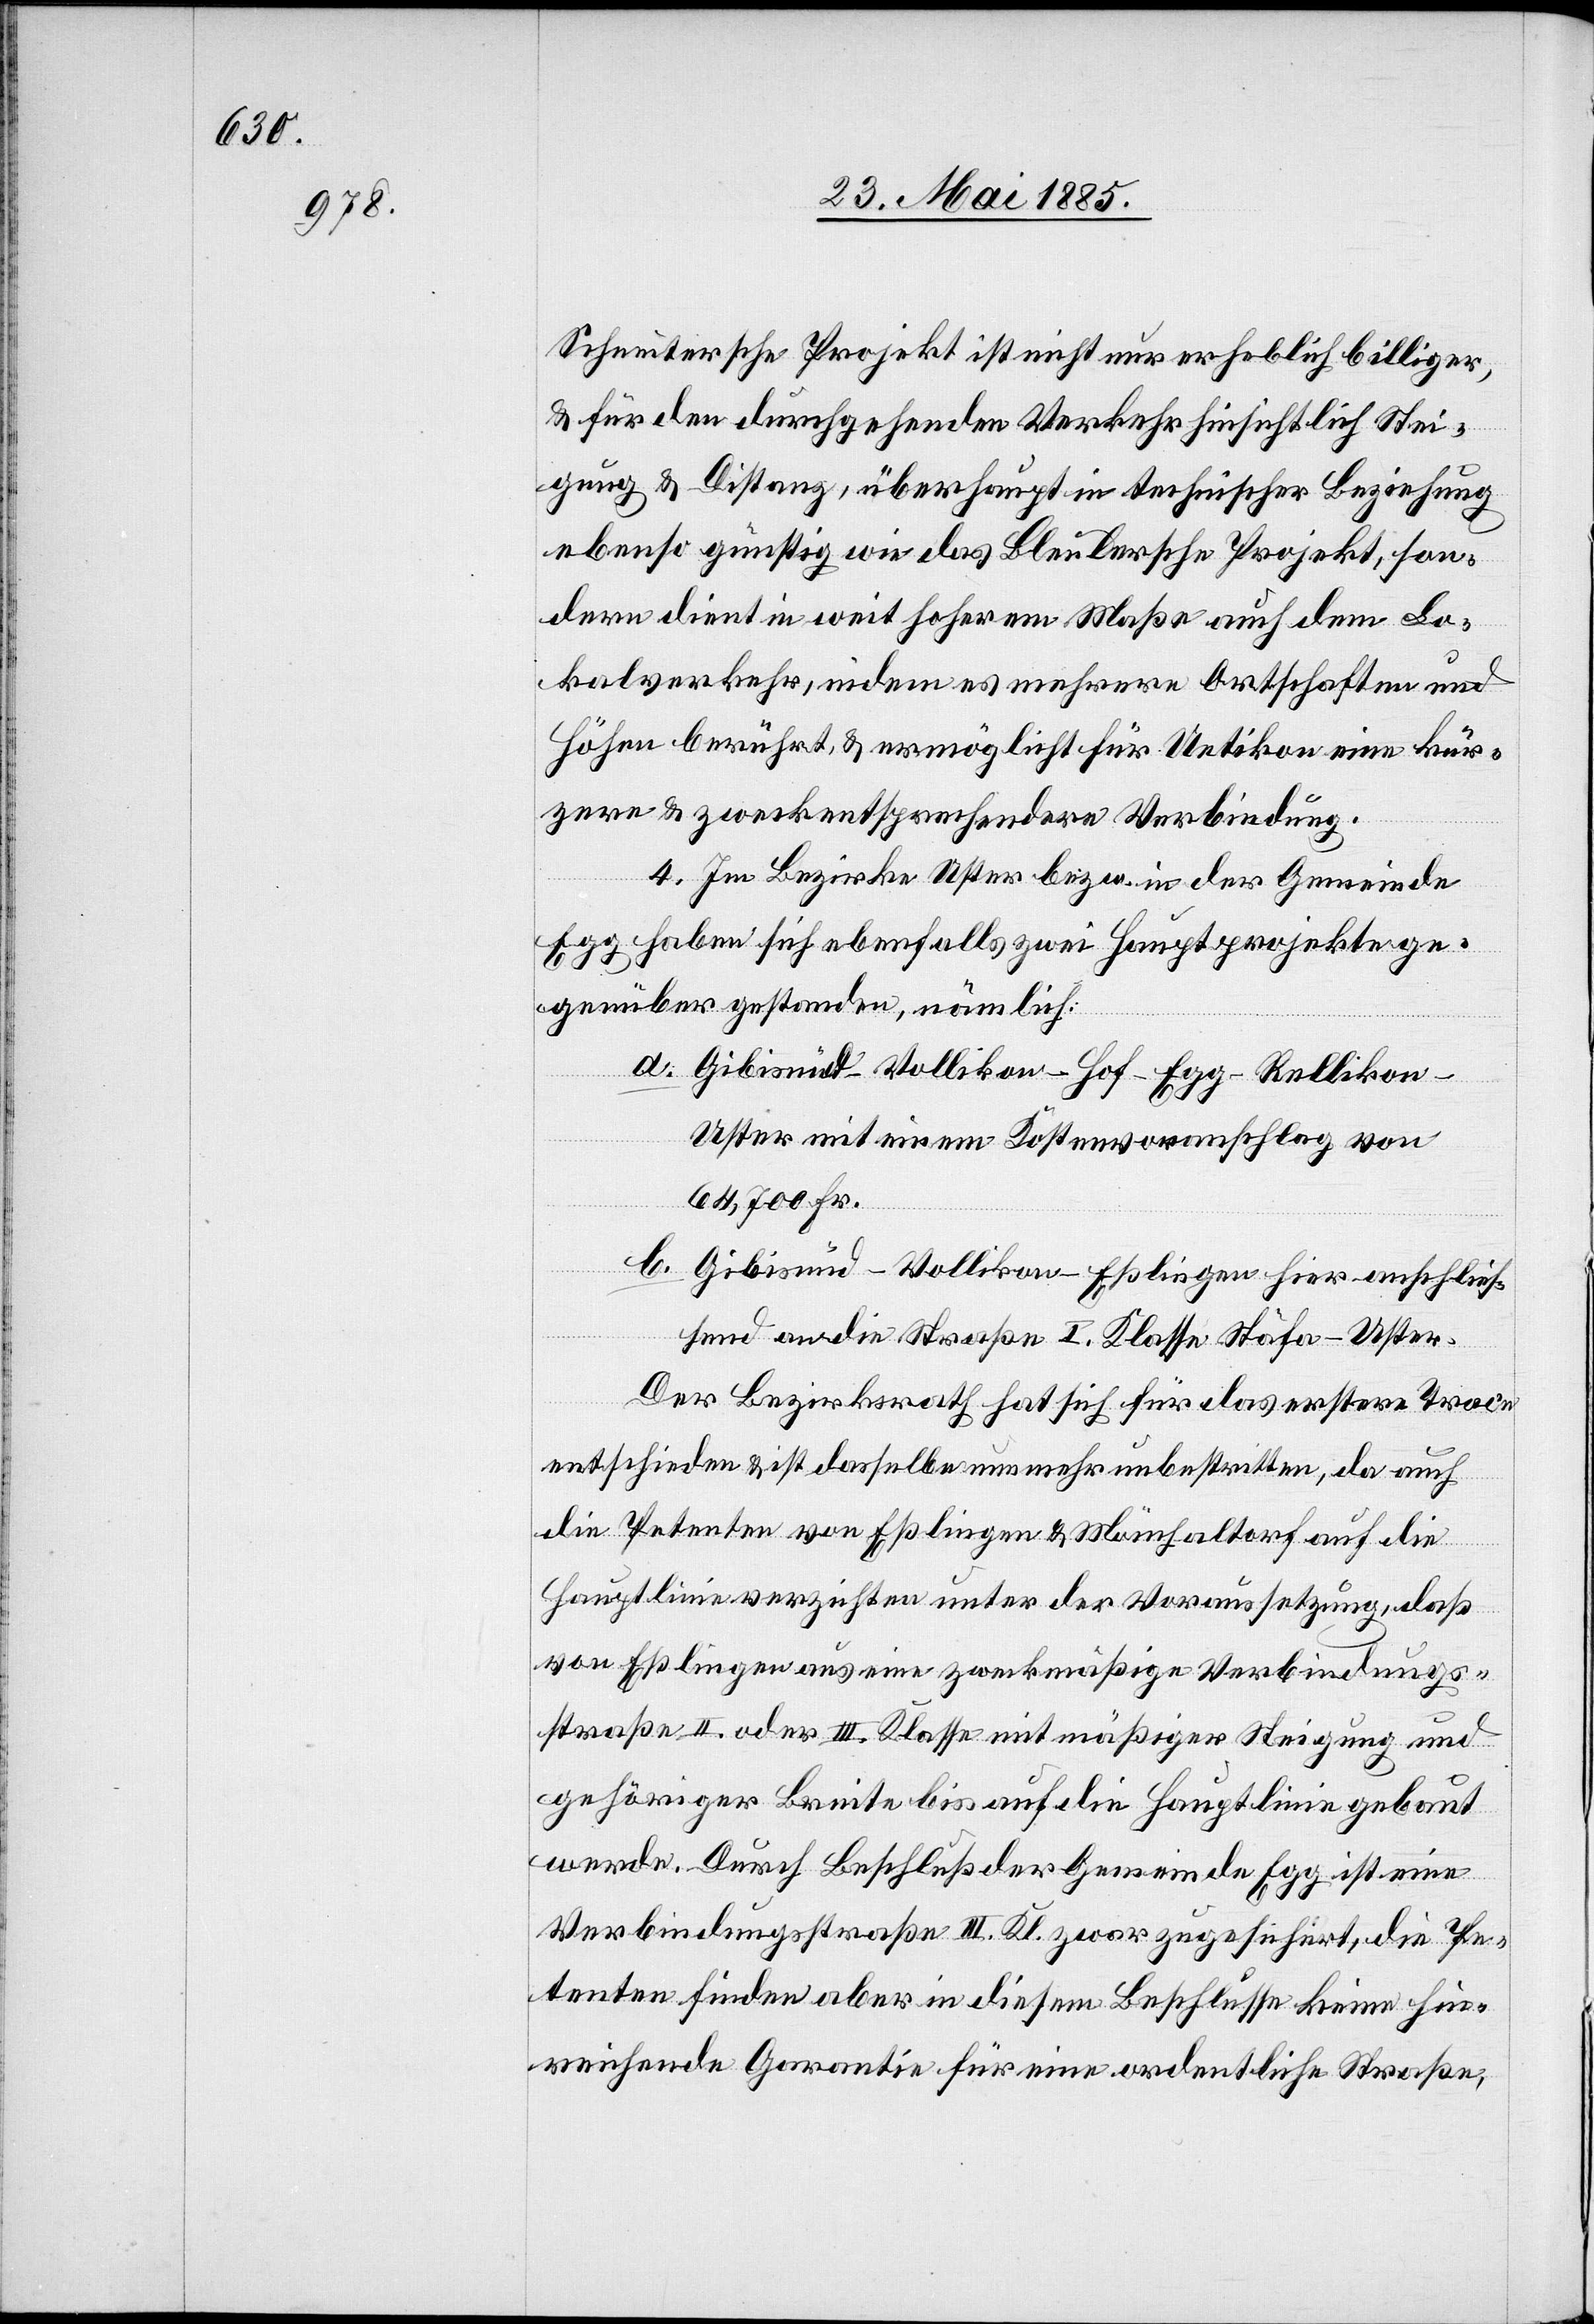
Schneitersche Projekt ist nicht nur erheblich billiger,
& für den durchgehenden Verkehr hinsichtlich Stei¬
gung & Distanz, überhaupt in technischer Beziehung
ebenso günstig wie das Bleulersche Projekt, son¬
dern dient in weit höherem Maße auch dem Lo¬
kalverkehr, indem es mehrere Ortschaften und
Höhen berührt, & ermöglicht für Uetikon eine kür¬
zere & zweckentsprechendere Verbindung.
4. Im Bezirke Uster bezw. in der Gemeinde
Egg haben sich ebenfalls zwei Hauptprojekte ge¬
genüber gestanden, nämlich:
a. Gibisnüd–Vollikon–Hof–Egg–Relliko¬
n–Uster mit einem Kostenvoranschlag von
64,700 Fr.
b. Gibisnüd–Vollikon–Eßlingen hier anschließ¬
end an die Straße I. Klasse Stäfa–Uster.
Der Bezirksrath hat sich für das erstere Trace
entschieden & ist dasselbe nunmehr unbestritten, da auch
die Petenten von Eßlingen & Mönchaltorf auf die
Hauptlinie verzichten unter der Voraussetzung, daß
von Eßlingen aus eine zweckmäßige Verbindungs¬
straße II. oder III. Klasse mit mäßiger Steigung und
gehöriger Breite bis auf die Hauptlinie gebaut
werde. Durch Beschluß der Gemeinde Egg ist eine
Verbindungsstraße III. Kl. zwar zugesichert, die Pe¬
tenten finden aber in diesem Beschlusse keine hin¬
reichende Garantie für eine ordentliche Straße,